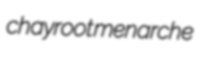
chayroot menarche